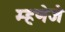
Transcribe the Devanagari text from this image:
म्हणेजे